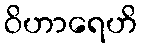
ဝိဟာရေဟိ